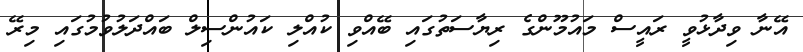
އޭނާ ވިދާޅުވީ ރައީސް މައުމޫންގެ ރިޔާސަތުގައި ބޭއްވި ކުއްލި ކައުންސިލް ބައްދަލުވުމުގައި މިރޭ